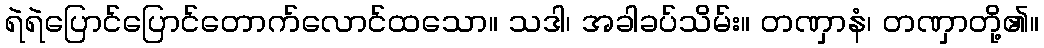
ရဲရဲပြောင်ပြောင်တောက်လောင်ထသော။ သဒါ၊ အခါခပ်သိမ်း။ တဏှာနံ၊ တဏှာတို့၏။